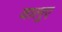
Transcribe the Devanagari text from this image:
वालुए